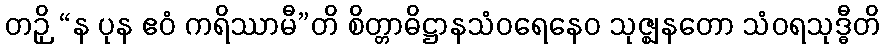
တဉှိ “န ပုန ဧဝံ ကရိဿာမီ”တိ စိတ္တာဓိဋ္ဌာနသံဝရေနေဝ သုဇ္ဈနတော သံဝရသုဒ္ဓီတိ